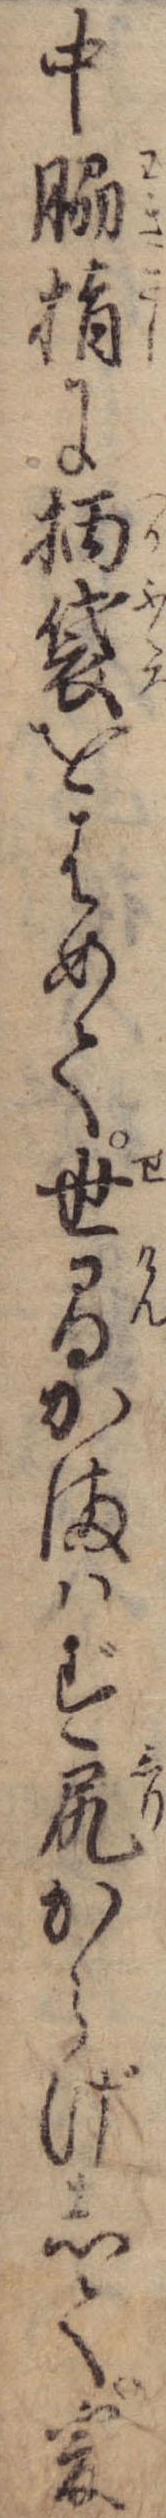
中脇指に柄袋をはめて世間かまはず尻からげして爰